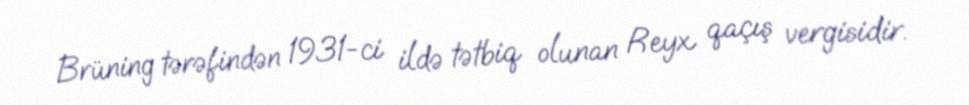
Brüning tərəfindən 1931-ci ildə tətbiq olunan Reyx qaçış vergisidir.